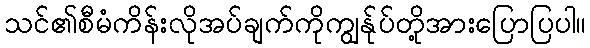
သင်၏စီမံကိန်းလိုအပ်ချက်ကိုကျွန်ုပ်တို့အားပြောပြပါ။